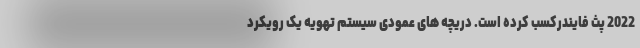
2022 پث فایندرکسب کرده است. دریچه های عمودی سیستم تهویه یک رویکرد